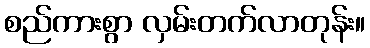
စည်ကားစွာ လှမ်းတက်လာတုန်း။